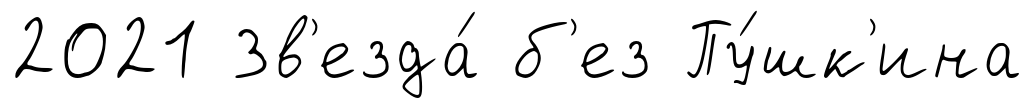
2021 Зв'езда́ б'ез Пу́шк'ина